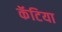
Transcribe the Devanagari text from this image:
कॅटिया